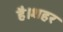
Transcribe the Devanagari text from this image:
है।शहर